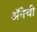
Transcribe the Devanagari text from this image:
अॅनेची